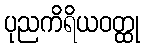
ပုညကိရိယဝတ္ထု